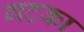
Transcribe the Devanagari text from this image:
गटका